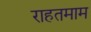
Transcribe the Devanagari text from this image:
राहतमाम